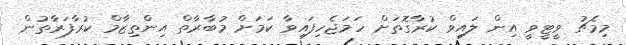
މިމެޗު ވީޓީވީ އިން ލައިވް ކުރާގޮތަށް ހަމަޖެހިފައިވާ ކަމަށް މުބާރާތް އިންތިޒާމް ކުރާފަރާތުން